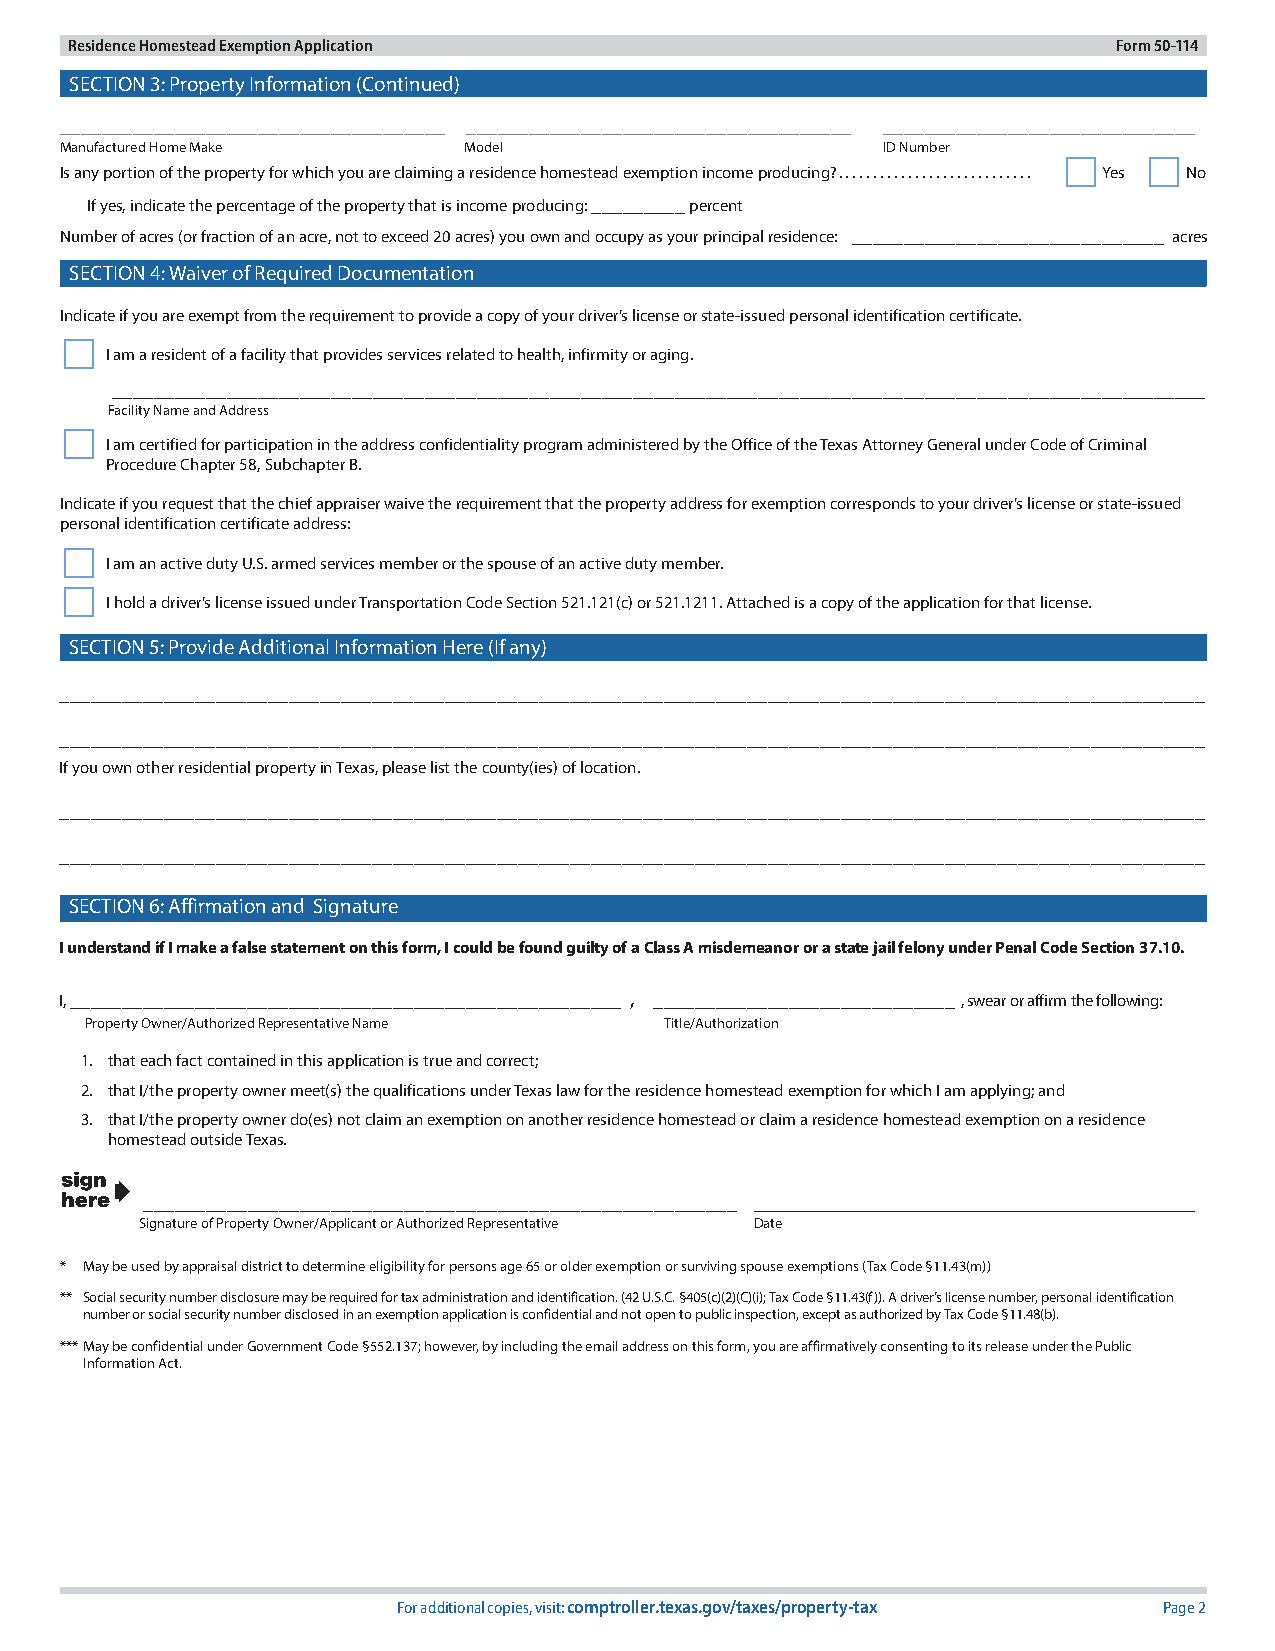
Residence Homestead Exemption Application                            Form 50-114
 SECTION 3: Property Information (Continued)
 _____________________________________ _____________________________________ ______________________________
 Manufactured Home Make     Model                      ID Number
      
 Is any portion of the property for which you are claiming a residence homestead exemption income producing?............................ Yes No
 If yes, indicate the percentage of the property that is income producing: _________ percent
 Number of acres (or fraction of an acre, not to exceed 20 acres) you own and occupy as your principal residence: ______________________________ acres
 SECTION 4: Waiver of Required Documentation
 Indicate if you are exempt from the requirement to provide a copy of your driver’s license or state-issued personal identification certificate.
 
 I am a resident of a facility that provides services related to health, infirmity or aging.
 _________________________________________________________________________________________________________
 Facility Name and Address
 
 I am certified for participation in the address confidentiality program administered by the Office of the Texas Attorney General under Code of Criminal
 Procedure Chapter 58, Subchapter B.
 Indicate if you request that the chief appraiser waive the requirement that the property address for exemption corresponds to your driver’s license or state-issued
 personal identification certificate address:
 
 I am an active duty U.S. armed services member or the spouse of an active duty member.
 
 I hold a driver’s license issued under Transportation Code Section 521.121(c) or 521.1211. Attached is a copy of the application for that license.
 SECTION 5: Provide Additional Information Here (If any)
 ______________________________________________________________________________________________________________
 ______________________________________________________________________________________________________________
 If you own other residential property in Texas, please list the county(ies) of location.
 ______________________________________________________________________________________________________________
 ______________________________________________________________________________________________________________
 SECTION 6: Affirmation and Signature
 I understand if I make a false statement on this form, I could be found guilty of a Class A misdemeanor or a state jail felony under Penal Code Section 37.10.
 I, _____________________________________________________ , _____________________________ , swear or affirm the following:
 Property Owner/Authorized Representative Name Title/Authorization
 1. that each fact contained in this application is true and correct;
 2. that I/the property owner meet(s) the qualifications under Texas law for the residence homestead exemption for which I am applying; and
 3. that I/the property owner do(es) not claim an exemption on another residence homestead or claim a residence homestead exemption on a residence
 homestead outside Texas.
 _________________________________________________________
 Signature of Property Owner/Applicant or Authorized Representative Date
 * May be used by appraisal district to determine eligibility for persons age 65 or older exemption or surviving spouse exemptions (Tax Code §11.43(m))
 ** Social security number disclosure may be required for tax administration and identification. (42 U.S.C. §405(c)(2)(C)(i); Tax Code §11.43(f)). A driver’s license number, personal identification
 number or social security number disclosed in an exemption application is confidential and not open to public inspection, except as authorized by Tax Code §11.48(b).
 *** May be confidential under Government Code §552.137; however, by including the email address on this form, you are affirmatively consenting to its release under the Public
 Information Act.
 For additional copies, visit: comptroller.texas.gov/taxes/property-tax Page 2